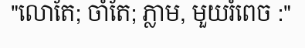
"លោតែ; ចាំតែ; ភ្លាម, មួយរំពេច :"